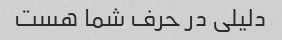
دلیلی در حرف شما هست